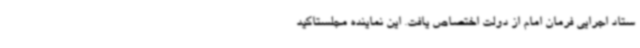
ستاد اجرایی فرمان امام از دولت اختصاص یافت. این نماینده مجلستاکید